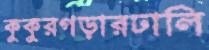
কুকুরগড়ারঢালি